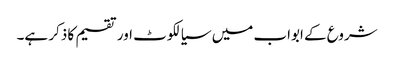
شروع کے ابواب میں سیالکوٹ اور تقسیم کا ذکر ہے۔